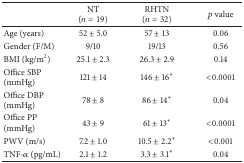
<table><thead><tr><td><b> </b></td><td><b>NT (<i>n</i> = 19)</b></td><td><b>RHTN (<i>n</i> = 32)</b></td><td><b><i>p </i>value</b></td></tr></thead><tbody><tr><td>Age (years)</td><td>52 ± 5.0</td><td>57 ± 13</td><td>0.06</td></tr><tr><td>Gender (F/M)</td><td>9/10</td><td>19/13</td><td>0.56</td></tr><tr><td>BMI (kg/m<sup>2</sup>)</td><td>25.1 ± 2.3</td><td>26.3 ± 2.9</td><td>0.14</td></tr><tr><td>Office SBP (mmHg)</td><td>121 ± 14</td><td>146 ± 16<sup>∗</sup></td><td>&lt;0.0001</td></tr><tr><td>Office DBP (mmHg)</td><td>78 ± 8</td><td>86 ± 14<sup>∗</sup></td><td>0.04</td></tr><tr><td>Office PP (mmHg)</td><td>43 ± 9</td><td>61 ± 13<sup>∗</sup></td><td>&lt;0.0001</td></tr><tr><td>PWV (m/s)</td><td>7.2 ± 1.0</td><td>10.5 ± 2.2<sup>∗</sup></td><td>&lt;0.001</td></tr><tr><td>TNF-<i>α</i> (pg/mL)</td><td>2.1 ± 1.2</td><td>3.3 ± 3.1<sup>∗</sup></td><td>0.04</td></tr></tbody></table>